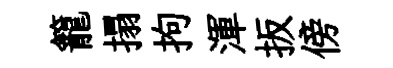
籠搨拘渾扳傍